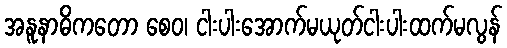
အနူနာဓိကတော စေဝ၊ ငါးပါးအောက်မယုတ်ငါးပါးထက်မလွန်